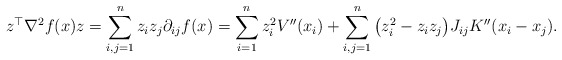
\begin{align*}z^\top\nabla^2f(x) z &= \sum_{i,j=1}^n z_iz_j\partial_{ij}f(x) = \sum_{i=1}^n z_i^2V''(x_i) + \sum_{i,j=1}^n \big(z_i^2 - z_iz_j\big) J_{ij} K''(x_i-x_j).\end{align*}